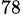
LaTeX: ^{78}